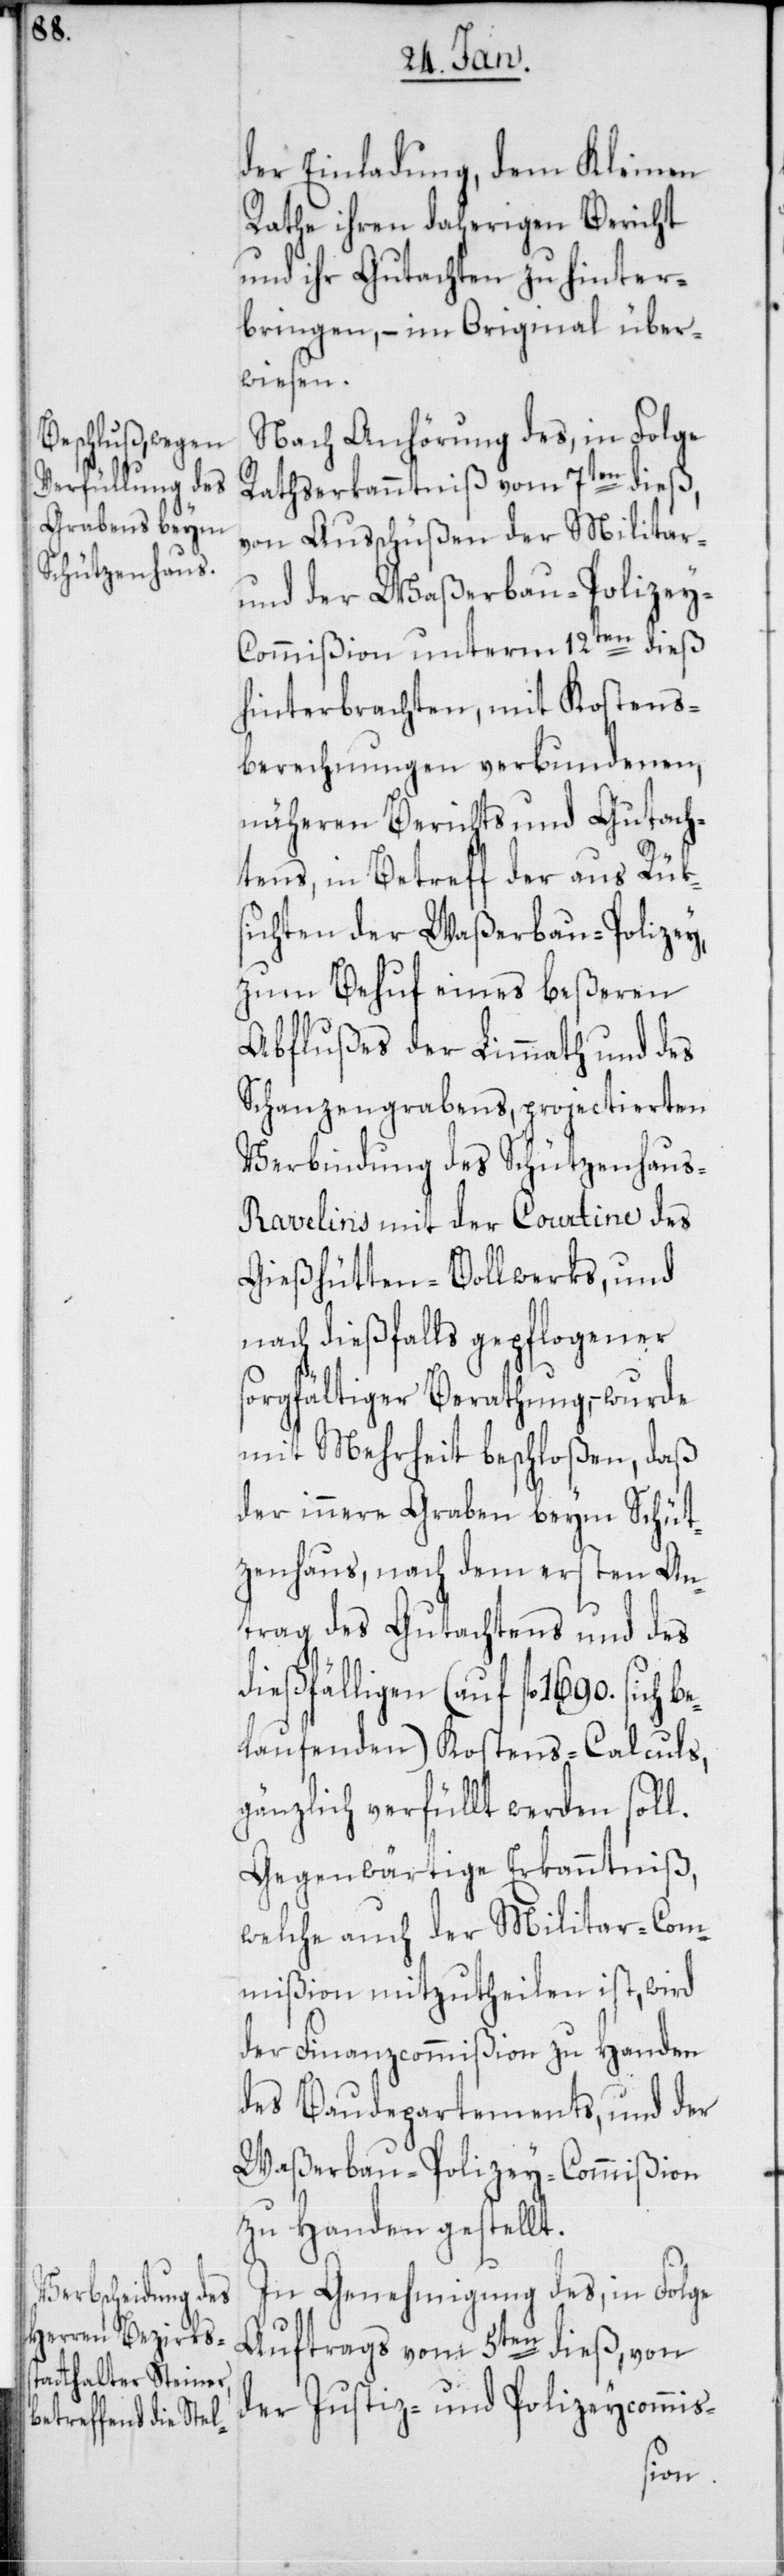
der Einladung, dem Kleinen
Rathe ihren daherigen Bericht
und ihr Gutachten zu hinter¬
bringen, – im Original über¬
wiesen.
Nach Anhörung des, in Folge
Ratserkanntniß vom 7ten dieß,
von Ausschüßen der Militar-
und der Waßerbau-Polizey-C¬
ommißion unterm 12ten dieß
hinterbrachten, mit Kostens¬
berechnungen verbundenen,
näheren Berichts und Gutach¬
tens, in Betreff der aus Rük¬
sichten der Waßerbau-Polizey,
zum Behuf eines beßeren
Abflußes der Limmath und des
Schanzengrabens, projectierten
Verbindung des Schützenhaus-R¬
avelins mit der Courtine des
Gießhütten-Bollwerks, und
nach dießfalls gepflogener
sorgfältiger Berathung, wurde
mit Mehrheit beschloßen, daß
der innere Graben beym Schüt¬
zenhaus, nach dem ersten An¬
trag des Gutachtens und des
dießfälligen (auf fl. 1690. sich b¬
elaufenden) Kostens-Calculs,
gänzlich verfüllt werden soll.
Gegenwärtige Erkanntniß,
welche auch der Militar-Com¬
mißion mitzutheilen ist, wird
der Finanzcommißion zu Handen
des Baudepartements, und der
Waßerbau-Polizey-Commißion
zu Handen gestellt.
In Genehmigung des, in Folge
Auftrags vom 5ten dieß, von
der Justiz- und Polizeycommis-